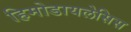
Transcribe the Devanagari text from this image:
हिमोडायलेसिस